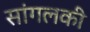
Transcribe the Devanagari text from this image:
सांगलकी